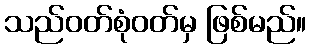
သည်ဝတ်စုံဝတ်မှ ဖြစ်မည်။